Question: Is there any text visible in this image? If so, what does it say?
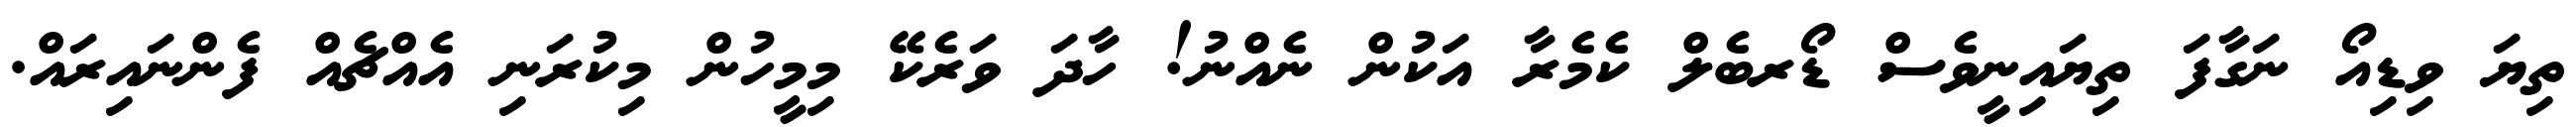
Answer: ތިޔަ ވިޑިއޯ ނަގާފަ ތިޔައިނީވެސް ޑޯރބެލް ކެމެރާ އަކުން ނެއްނު! ހާދަ ވަރެކޭ މިމީހުން މިކުރަނި އެއްޗެއް ފެންނައިރައް.